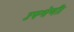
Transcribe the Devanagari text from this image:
उपश्रेणी।